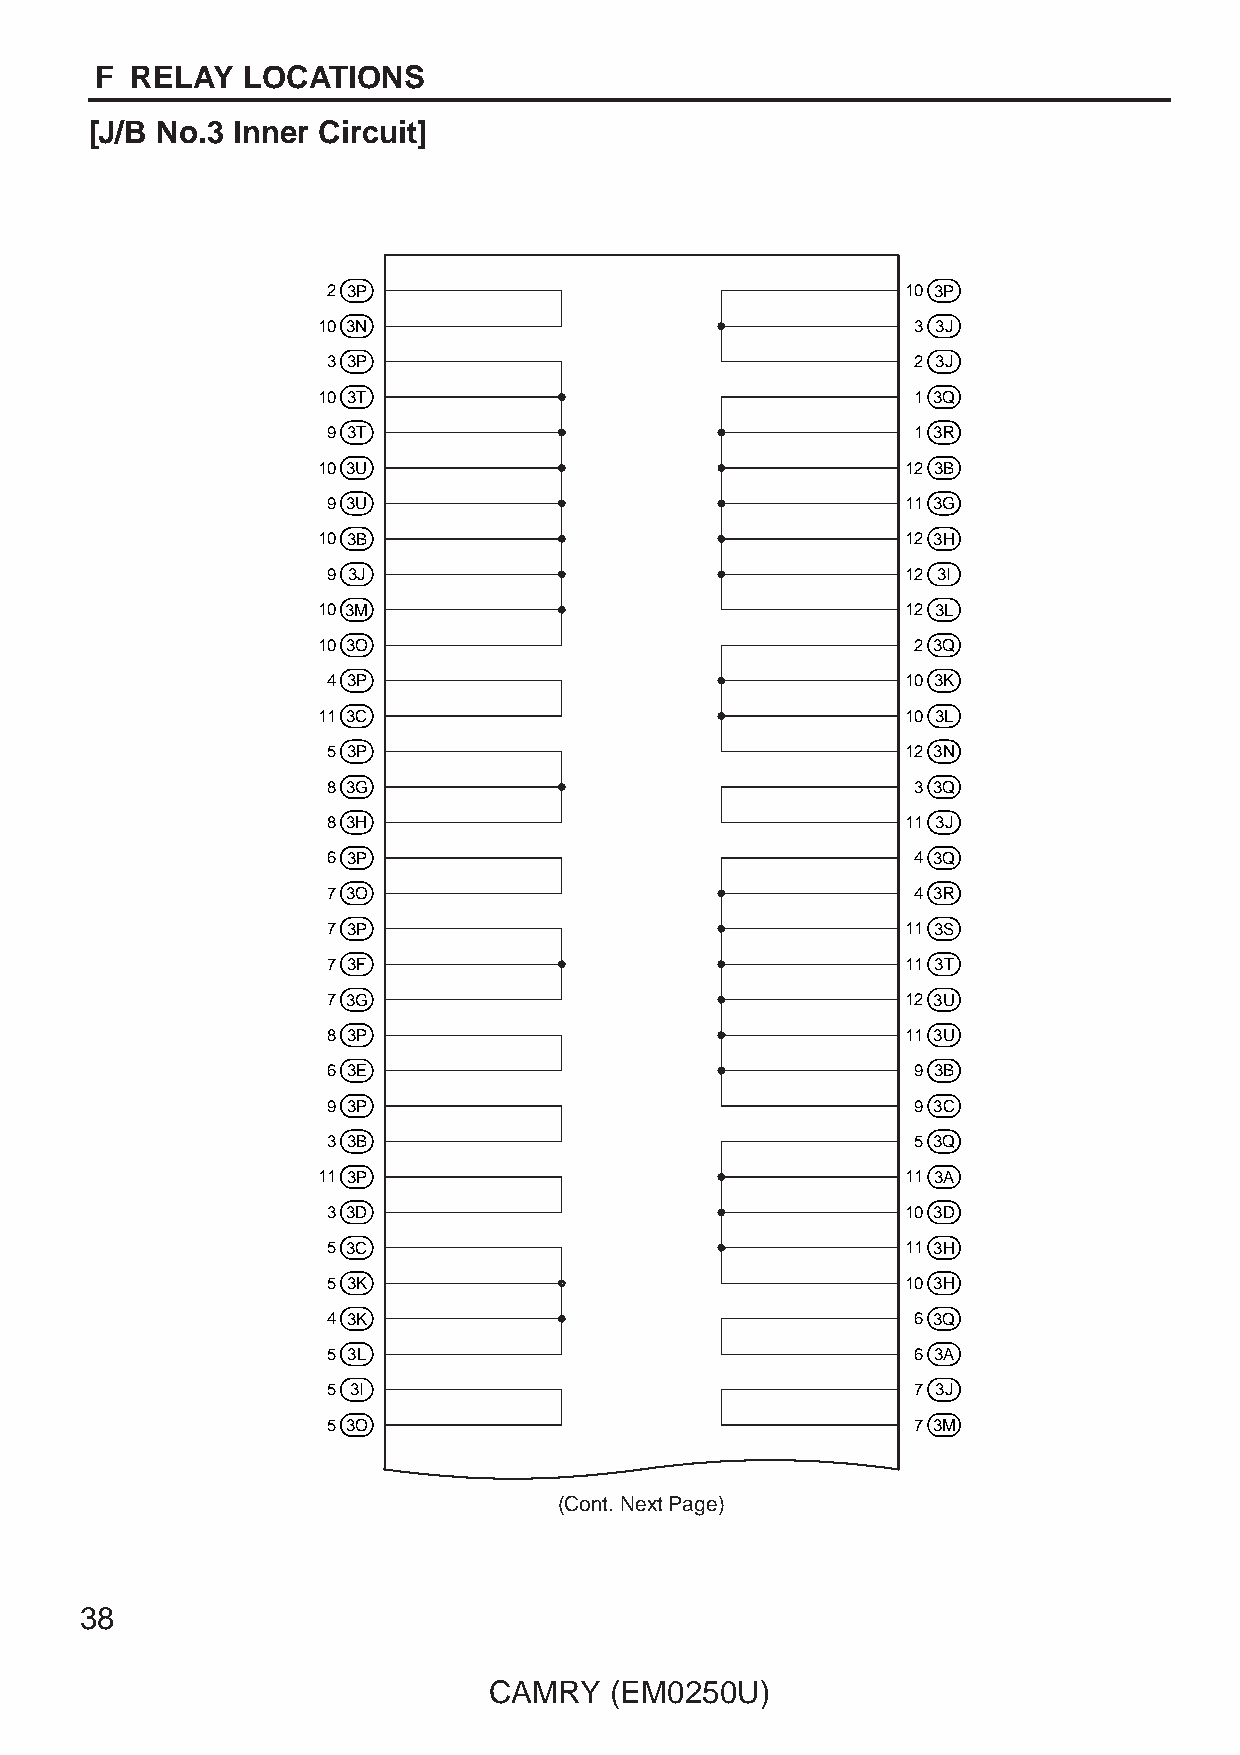
F  RELAY  LOCATIONS
 [J/B No.3 Inner Circuit]
 2 3P                                  10 3P
 10 3N                                   3 3J
 3 3P                                   2 3J
 10 3T                                   1 3Q
 9 3T                                   1 3R
 10 3U                                  12 3B
 9 3U                                  11 3G
 10 3B                                  12 3H
 9 3J                                  12 3I
 10 3M                                  12 3L
 10 3O                                   2 3Q
 4 3P                                  10 3K
 11 3C                                  10 3L
 5 3P                                  12 3N
 8 3G                                   3 3Q
 8 3H                                  11 3J
 6 3P                                   4 3Q
 7 3O                                   4 3R
 7 3P                                  11 3S
 7 3F                                  11 3T
 7 3G                                  12 3U
 8 3P                                  11 3U
 6 3E                                   9 3B
 9 3P                                   9 3C
 3 3B                                   5 3Q
 11 3P                                  11 3A
 3 3D                                  10 3D
 5 3C                                  11 3H
 5 3K                                  10 3H
 4 3K                                   6 3Q
 5 3L                                   6 3A
 5 3I                                   7 3J
 5 3O                                   7 3M
 (Cont. Next Page)
 38
 CAMRY   (EM0250U)